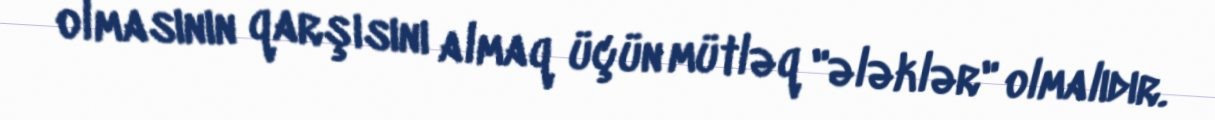
olmasının qarşısını almaq üçün mütləq "ələklər" olmalıdır.